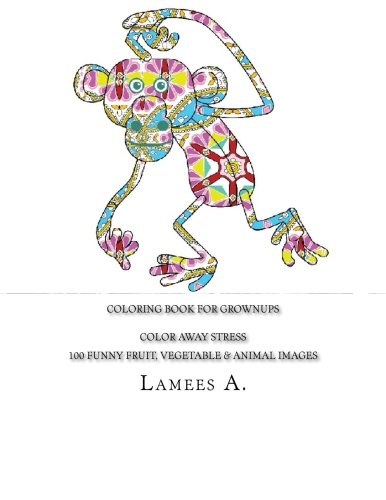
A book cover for Coloring Book For Grownups: Color Away Stress  100 Funny Fruit, Vegetable & Animal Images (Coloring For Grownups); Lamees A.; Business & Money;